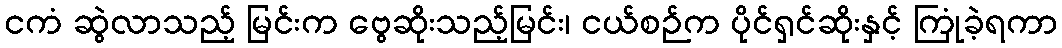
ငကံ ဆွဲလာသည့် မြင်းက ဗွေဆိုးသည့်မြင်း၊ ငယ်စဉ်က ပိုင်ရှင်ဆိုးနှင့် ကြုံခဲ့ရကာ